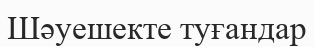
Шәуешекте туғандар